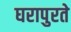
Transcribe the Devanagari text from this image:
घरापुरते